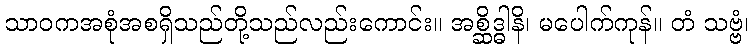
သာဝကအစုံအစရှိသည်တို့သည်လည်းကောင်း။ အစ္ဆိဒ္ဓါနိ၊ မပေါက်ကုန်။ တံ သဗ္ဗံ၊